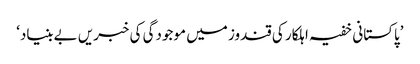
’پاکستانی خفیہ اہلکار کی قندوز میں موجودگی کی خبریں بےبنیاد‘